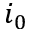
i _ { 0 }